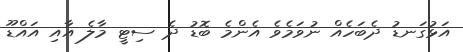
އަޅުގަނޑު ދެބަހެއް ނުވަމެވެ އެންމެ ބޮޑު ދެ ސިޓީ މާލެ އާއި އައްޑޫ